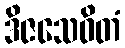
ဒိဇသေဝိတံ